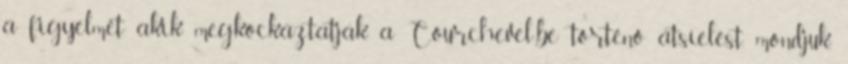
a figyelmét akik megkockáztatják a Courchevel-be történő átsíelést, mondjuk,